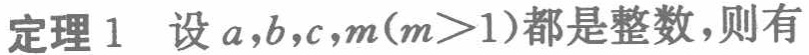
定理 1 设 \(a,b,c,m(m > 1)\)都是整数，则有